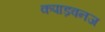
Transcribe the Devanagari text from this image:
कपाड़वनज